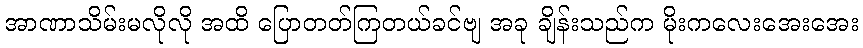
အာဏာသိမ်းမလိုလို အထိ ပြောတတ်ကြတယ်ခင်ဗျ အခု ချိန်းသည်က မိုးကလေးအေးအေး